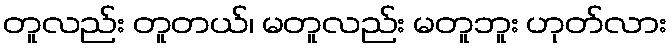
တူလည်း တူတယ်၊ မတူလည်း မတူဘူး ဟုတ်လား